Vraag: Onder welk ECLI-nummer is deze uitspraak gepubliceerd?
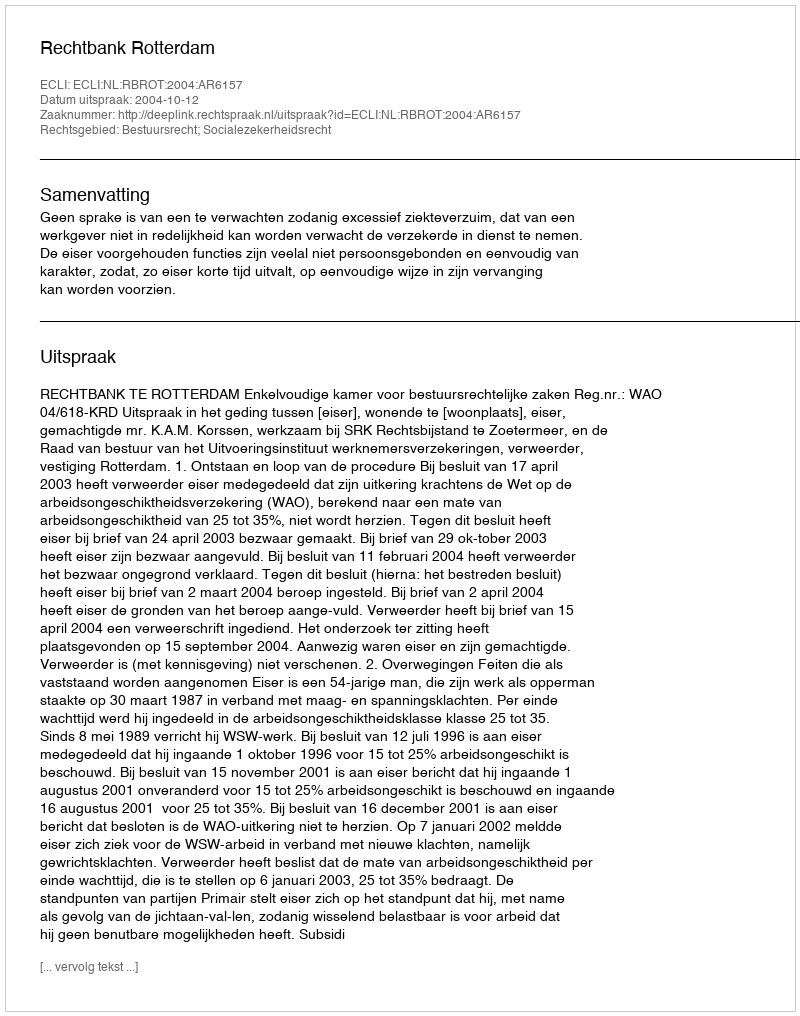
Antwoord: ECLI:NL:RBROT:2004:AR6157